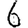
Digit: 6